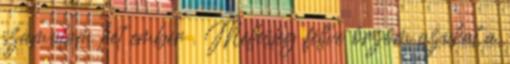
számolom két ember . Mellesleg féltve őrzöm azokat a